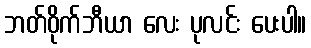
ဘတ်ဝိုက်ဘီယာ လေး ပုလင်း ပေးပါ။